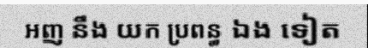
អញ នឹង យក ប្រពន្ធ ឯង ទៀត